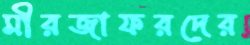
মীরজাফরদের